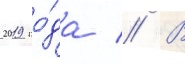
2019 го́да // В